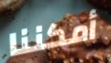
أمكننا